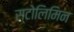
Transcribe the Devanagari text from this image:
स्टोलिमिन